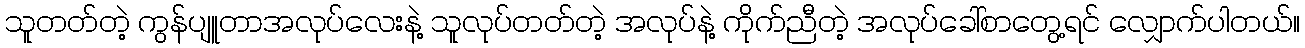
သူတတ်တဲ့ ကွန်ပျူတာအလုပ်လေးနဲ့ သူလုပ်တတ်တဲ့ အလုပ်နဲ့ ကိုက်ညီတဲ့ အလုပ်ခေါ်စာတွေ့ရင် လျှောက်ပါတယ်။